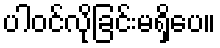
ပါဝင်လိုခြင်းမရှိပေ။